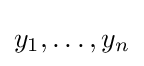
{\textstyle y_{1},\ldots ,y_{n}}